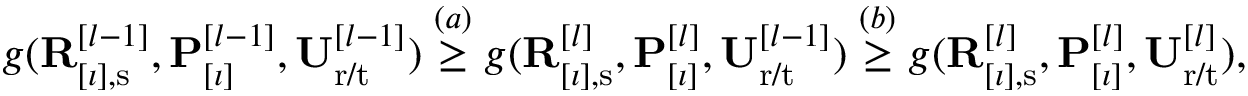
\begin{array} { r } { g ( \mathbf { R } _ { [ \imath ] , \mathrm { s } } ^ { [ l - 1 ] } , \mathbf { P } _ { [ \imath ] } ^ { [ l - 1 ] } , \mathbf { U } _ { \mathrm { r } / \mathrm { t } } ^ { [ l - 1 ] } ) \overset { ( a ) } { \geq } g ( \mathbf { R } _ { [ \imath ] , \mathrm { s } } ^ { [ l ] } , \mathbf { P } _ { [ \imath ] } ^ { [ l ] } , \mathbf { U } _ { \mathrm { r } / \mathrm { t } } ^ { [ l - 1 ] } ) \overset { ( b ) } { \geq } g ( \mathbf { R } _ { [ \imath ] , \mathrm { s } } ^ { [ l ] } , \mathbf { P } _ { [ \imath ] } ^ { [ l ] } , \mathbf { U } _ { \mathrm { r } / \mathrm { t } } ^ { [ l ] } ) , } \end{array}